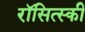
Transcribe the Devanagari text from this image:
रॉसित्स्की